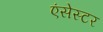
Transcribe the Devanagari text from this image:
एंसेस्टर